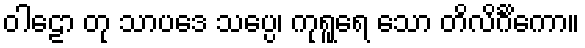
ဝါဠော တု သာပဒေ သပ္ပေ၊ ကုရူရေ သော တိလိင်္ဂိကော။